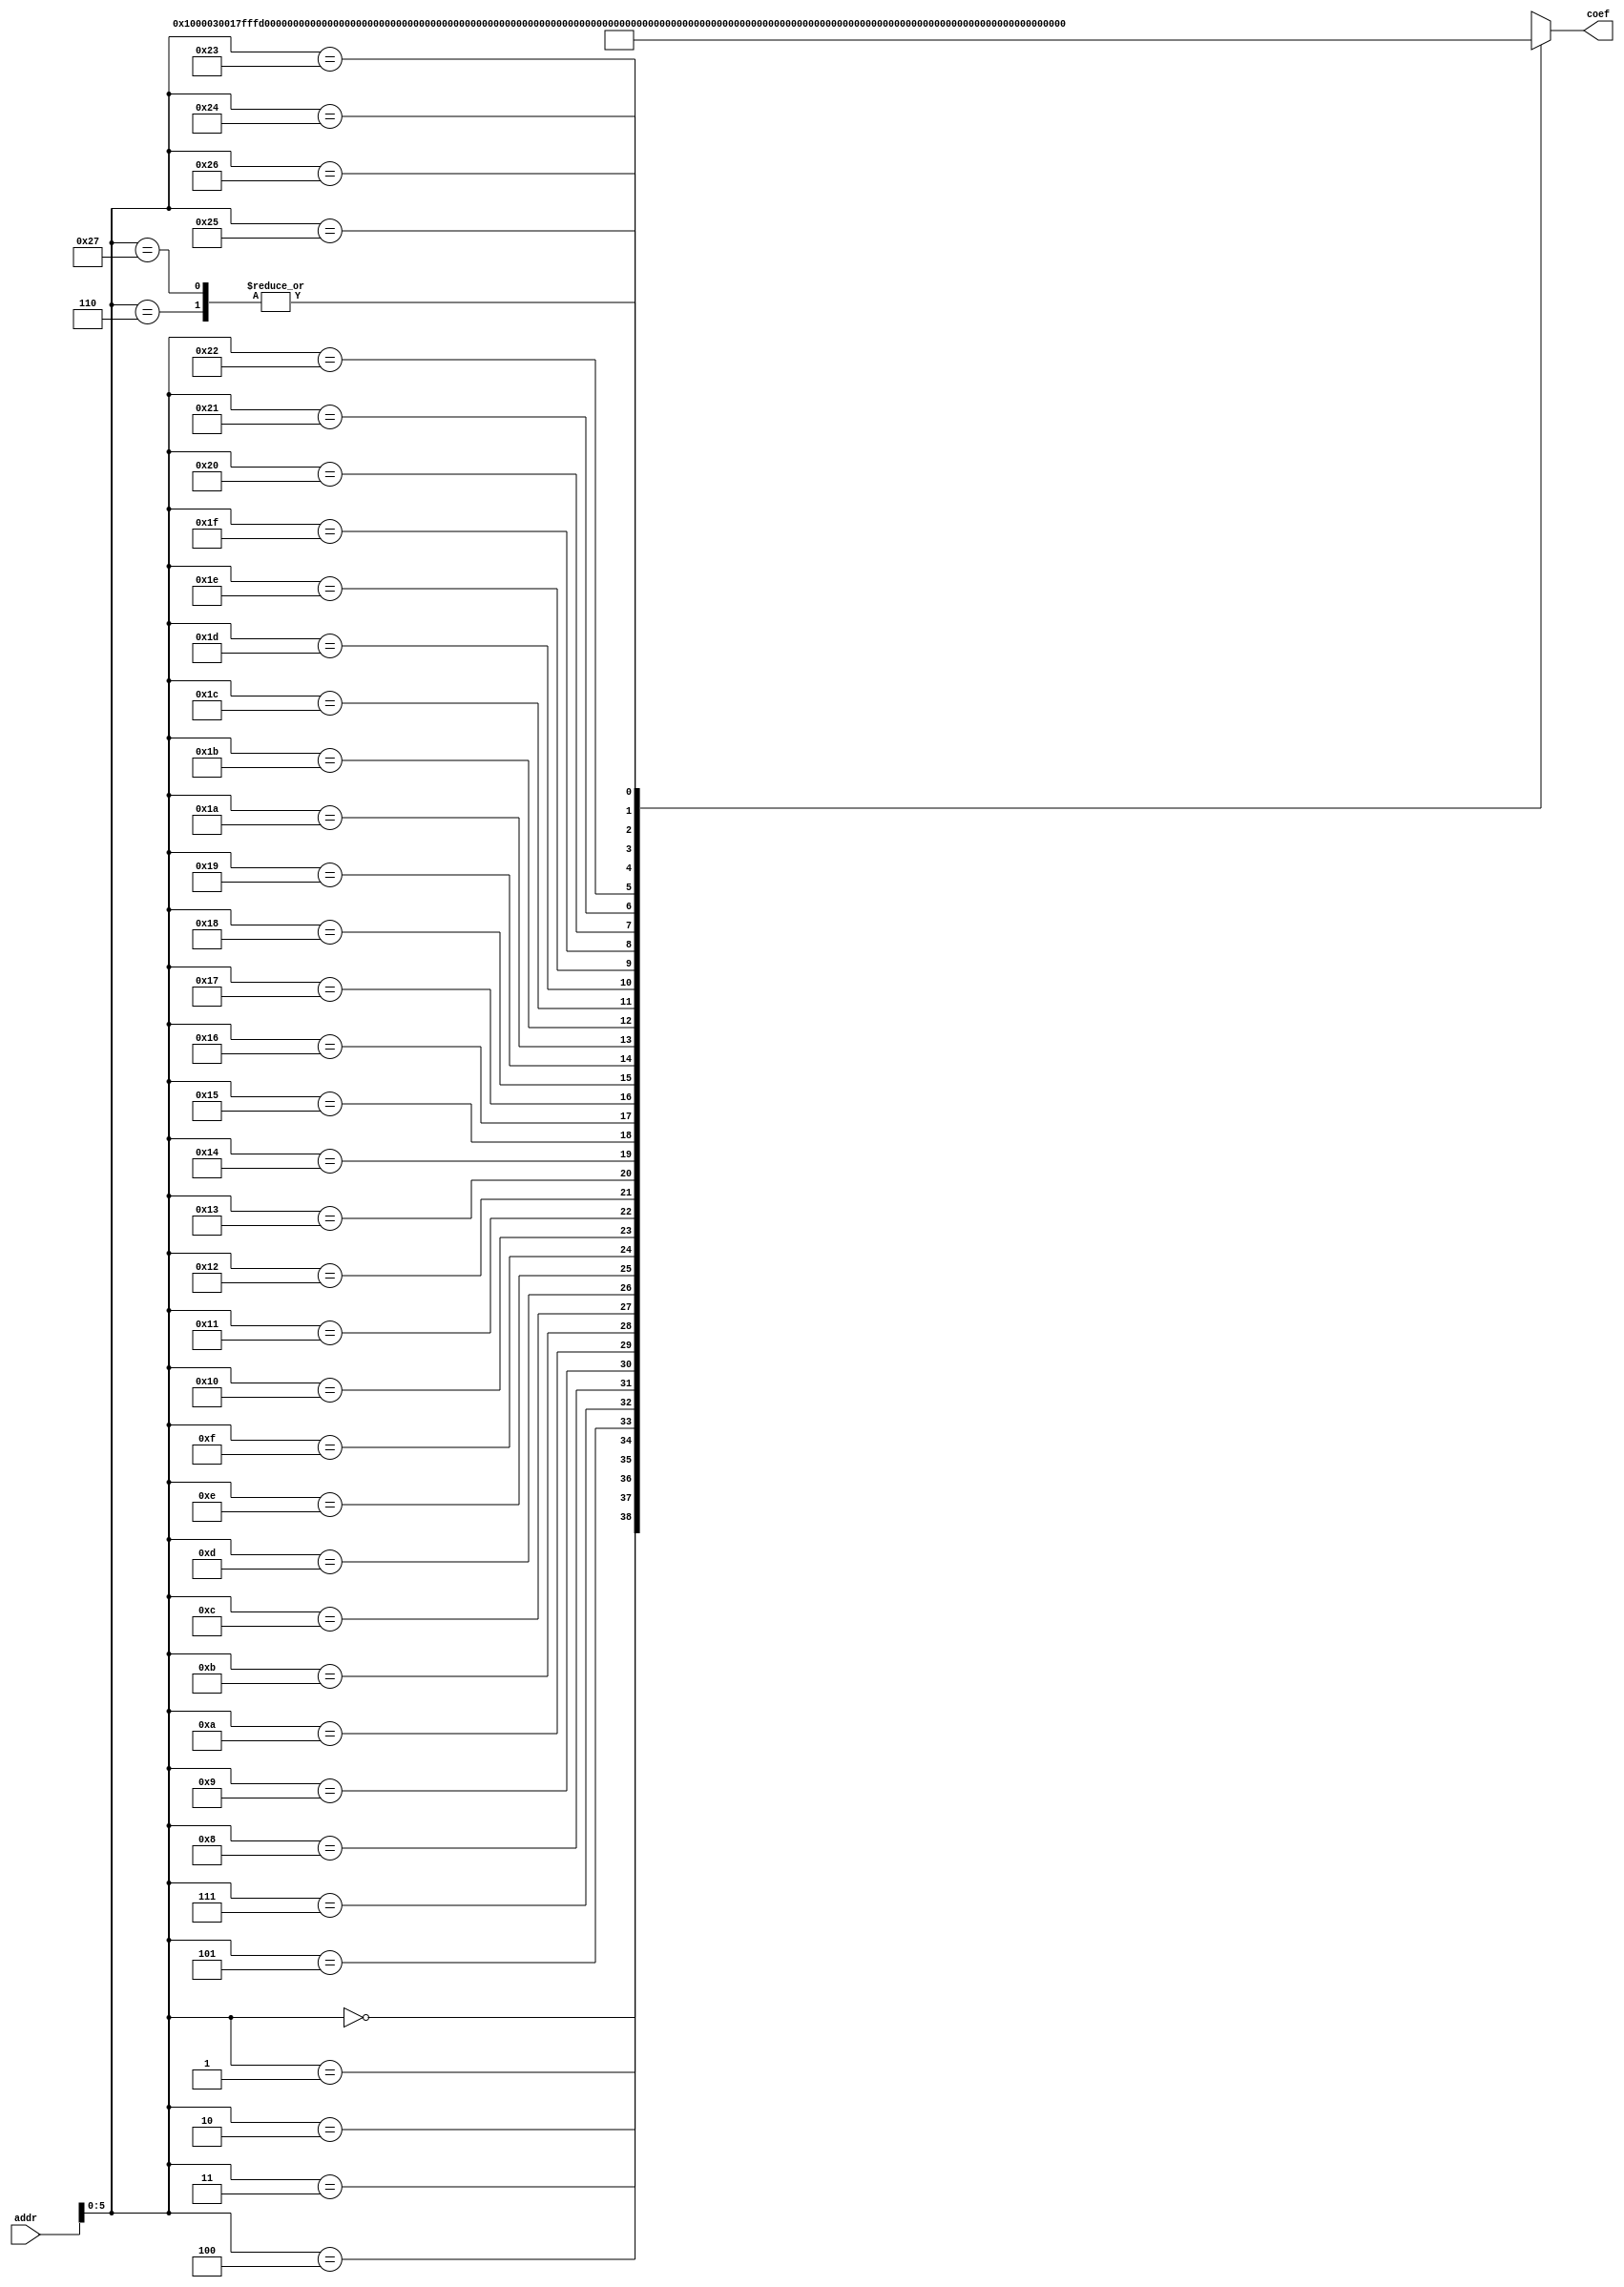
/*
date:2018/5/8
FPGA
2FFT-verilog2
*/

module fB_sram_3 #(
  parameter WIDTH_A = 12
)
(
   input [WIDTH_A-1:0] addr,
   
   output[15:0]  coef

);  

wire [15:0] Coef [0:39];
assign Coef[0] = 'h0010;
assign Coef[1] = 'h0003;
assign Coef[2] = 'h0017;
assign Coef[3] = 'hfffc;
assign Coef[4] = 'hffe0;
assign Coef[5] = 'h003e;
assign Coef[6] = 'h0006;
assign Coef[7] = 'hfff7;
assign Coef[8] = 'hfff3;
assign Coef[9] = 'hfff6;
assign Coef[10] = 'hff7f;
assign Coef[11] = 'hffec;
assign Coef[12] = 'h000b;
assign Coef[13] = 'h001b;
assign Coef[14] = 'h008f;
assign Coef[15] = 'h0000;
assign Coef[16] = 'hffd6;
assign Coef[17] = 'h006b;
assign Coef[18] = 'hffca;
assign Coef[19] = 'hffcd;
assign Coef[20] = 'hffd5;
assign Coef[21] = 'h000e;
assign Coef[22] = 'hfff8;
assign Coef[23] = 'hffed;
assign Coef[24] = 'hffe7;
assign Coef[25] = 'hffef;
assign Coef[26] = 'hffd9;
assign Coef[27] = 'hffc7;
assign Coef[28] = 'hffb6;
assign Coef[29] = 'hffea;
assign Coef[30] = 'h0005;
assign Coef[31] = 'hfff4;
assign Coef[32] = 'h003a;
assign Coef[33] = 'hffd7;
assign Coef[34] = 'hff9a;
assign Coef[35] = 'hfffb;
assign Coef[36] = 'hffee;
assign Coef[37] = 'h0027;
assign Coef[38] = 'h0075;
assign Coef[39] = 'h0006;


assign   coef= Coef[addr];
endmodule